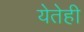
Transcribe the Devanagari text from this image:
येतेही